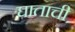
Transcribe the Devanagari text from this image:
घाताची